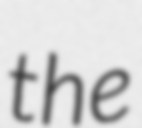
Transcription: the